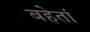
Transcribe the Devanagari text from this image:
बहेतां